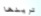
ترينها